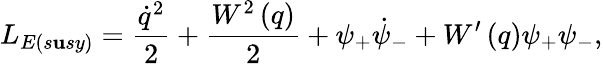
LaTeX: L_{E({s\mathbf{u}sy})}=\frac{{\dot{{q}}^{2}}}{{2}}+\frac{{W^{2}\left(q\right)}}{{2}}+\psi_{+}\dot{{\psi}}_{-}+W^{\prime}\left(q\right)\psi_{+}\psi_{-},